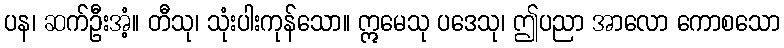
ပန၊ ဆက်ဦးအံ့။ တီသု၊ သုံးပါးကုန်သော။ ဣမေသု ပဒေသု၊ ဤပညာ အာလော ကောစသော